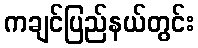
ကချင်ပြည်နယ်တွင်း